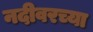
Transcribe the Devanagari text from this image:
नदीवरच्या